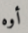
أوه